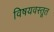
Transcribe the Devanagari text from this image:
विषयवस्तूत